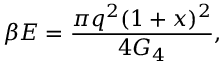
\beta E = \frac { \pi q ^ { 2 } ( 1 + x ) ^ { 2 } } { 4 G _ { 4 } } ,